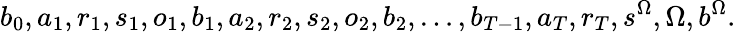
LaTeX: b_{0},a_{1},r_{1},s_{1},o_{1},b_{1},a_{2},r_{2},s_{2},o_{2},b_{2},\dots,b_{T-1},a_{T},r_{T},s^{\Omega},\Omega,b^{\Omega}.